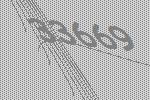
33669